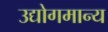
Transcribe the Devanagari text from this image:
उद्योगमान्य